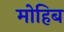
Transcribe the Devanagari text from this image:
मोहिब